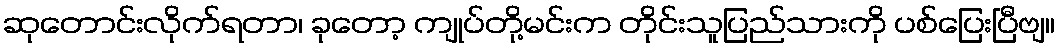
ဆုတောင်းလိုက်ရတာ၊ ခုတော့ ကျုပ်တို့မင်းက တိုင်းသူပြည်သားကို ပစ်ပြေးပြီဗျ။